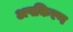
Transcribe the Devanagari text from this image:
अपकिरण